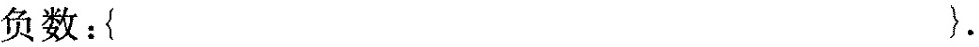
负数:\{ \}.